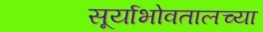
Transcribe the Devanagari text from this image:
सूर्याभोवतालच्या